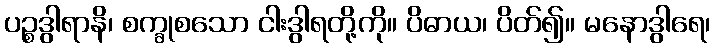
ပဉ္စဒွါရာနိ၊ စက္ခုစသော ငါးဒွါရတို့ကို။ ပိဓာယ၊ ပိတ်၍။ မနောဒွါရေ၊